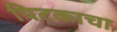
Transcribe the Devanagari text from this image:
पिटकाचा